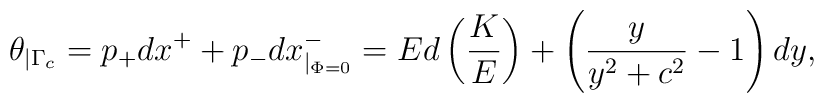
\theta_{\mid \Gamma_{c}}=p_+dx^++p_-dx^-_{\mid_{\Phi=0}}=Ed\left (\frac{K}{E}\right )+\left (\frac{y}{y^2+c^2}-1\right )dy,